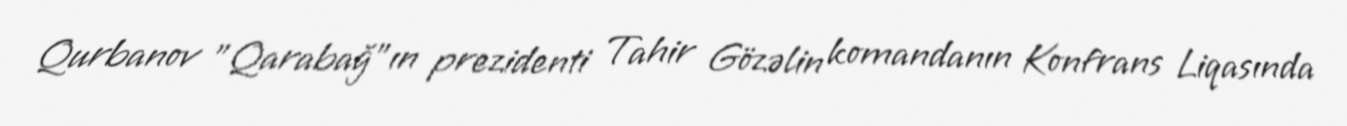
Qurbanov "Qarabağ"ın prezidenti Tahir Gözəlin komandanın Konfrans Liqasında